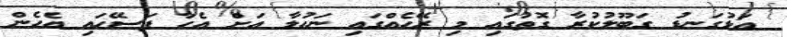
އަޅުގަނޑު ގަބޫލުކުރާ ގޮތުގައި މި ރޭހެއްގައި ނަހުލާ އަށް އެހާ ފަސޭހައި އެހެން